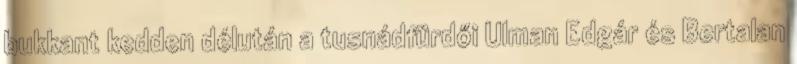
bukkant kedden délután a tusnádfürdői Ulman Edgár és Bertalan